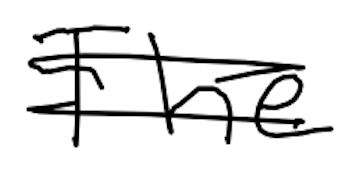
Text: The
Cross-out: double-line
Writing tool: digital_black